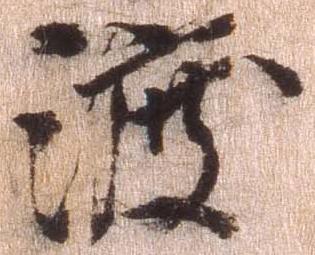
渡